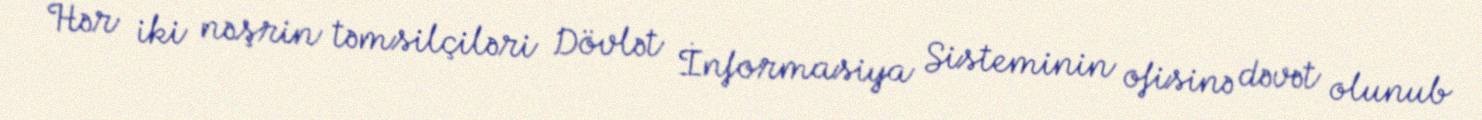
Hər iki nəşrin təmsilçiləri Dövlət İnformasiya Sisteminin ofisinə dəvət olunub